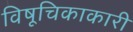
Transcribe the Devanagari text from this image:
विषूचिकाकारी